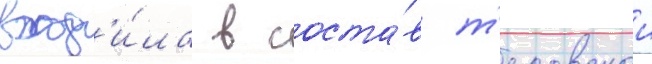
вход'и́ла в соста́в т'есовскои